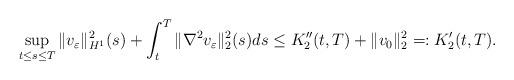
LaTeX: \begin{align*} \sup_{t\leq s\leq T}\|v_\varepsilon\|_{H^1}^2(s) +\int_t^T\|\nabla^2v_\varepsilon\|_2^2(s)ds\leq K_2''(t,T)+\|v_0\|_2^2=:K_2'(t,T).\end{align*}